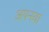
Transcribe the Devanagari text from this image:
अपनया